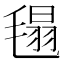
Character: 㲩